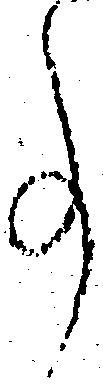
事